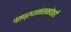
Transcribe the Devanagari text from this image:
पंतप्रधानांसमवेतही